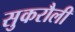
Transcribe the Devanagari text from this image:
सुकरौली